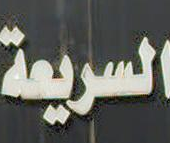
السريعة